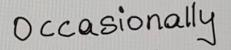
Occasionally